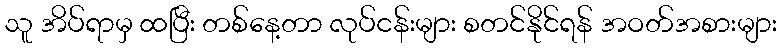
သူ အိပ်ရာမှ ထပြီး တစ်နေ့တာ လုပ်ငန်းများ စတင်နိုင်ရန် အဝတ်အစားများ